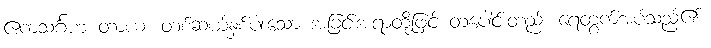
ဧကသင်္ဂဟ တာယ၊ တစ်ဆယ့်နှစ်ပါးသော အခြင်းအရာတို့ဖြင့် တပေါင်းတည်း ရေတွက်အပ်သည်၏